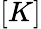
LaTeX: [K]